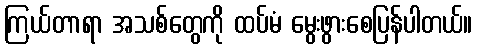
ကြယ်တာရာ အသစ်တွေကို ထပ်မံ မွေးဖွားစေပြန်ပါတယ်။